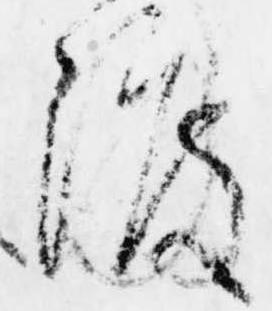
渡